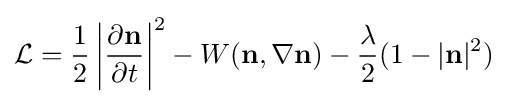
{\mathcal {L}}={\frac {1}{2}}\left|{\frac {\partial \mathbf {n} }{\partial t}}\right|^{2}-W(\mathbf {n} ,\nabla \mathbf {n} )-{\frac {\lambda }{2}}(1-|\mathbf {n} |^{2})